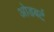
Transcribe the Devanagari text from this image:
ओडबर्ट